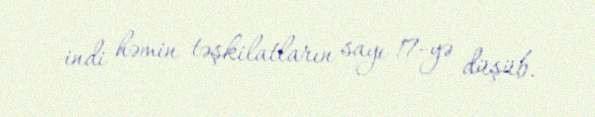
indi həmin təşkilatların sayı 17-yə düşüb.